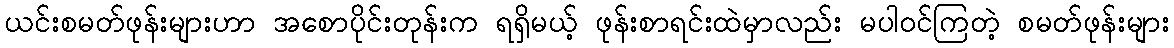
ယင်းစမတ်ဖုန်းများဟာ အစောပိုင်းတုန်းက ရရှိမယ့် ဖုန်းစာရင်းထဲမှာလည်း မပါဝင်ကြတဲ့ စမတ်ဖုန်းများ